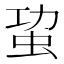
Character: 𮓾